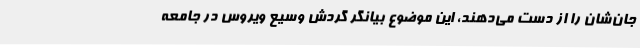
جان‌شان را از دست می‌دهند، این موضوع بیانگر گردش وسیع ویروس در جامعه